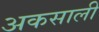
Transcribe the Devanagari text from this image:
अकसाली